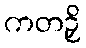
ကတဉှိ